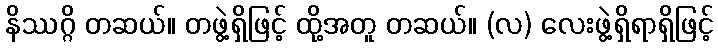
နိဿဂ္ဂိ တဆယ်။ တဖွဲ့ရှိဖြင့် ထို့အတူ တဆယ်။ (လ) လေးဖွဲ့ရှိရာရှိဖြင့်